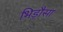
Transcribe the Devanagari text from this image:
भिड़ौसा